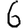
Digit: 6